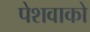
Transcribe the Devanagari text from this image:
पेशवाको